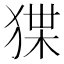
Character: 𤟬